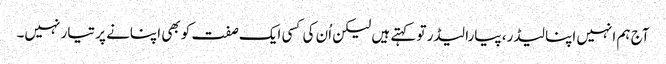
آج ہم انہیں اپنا لیڈر، پیارا لیڈر تو کہتے ہیں لیکن اُن کی کسی ایک صفت کو بھی اپنانے پر تیار نہیں۔